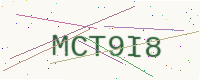
Text: MCT9I8